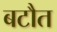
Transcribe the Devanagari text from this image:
बटौत